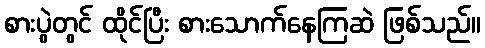
စားပွဲတွင် ထိုင်ပြီး စားသောက်နေကြဆဲ ဖြစ်သည်။